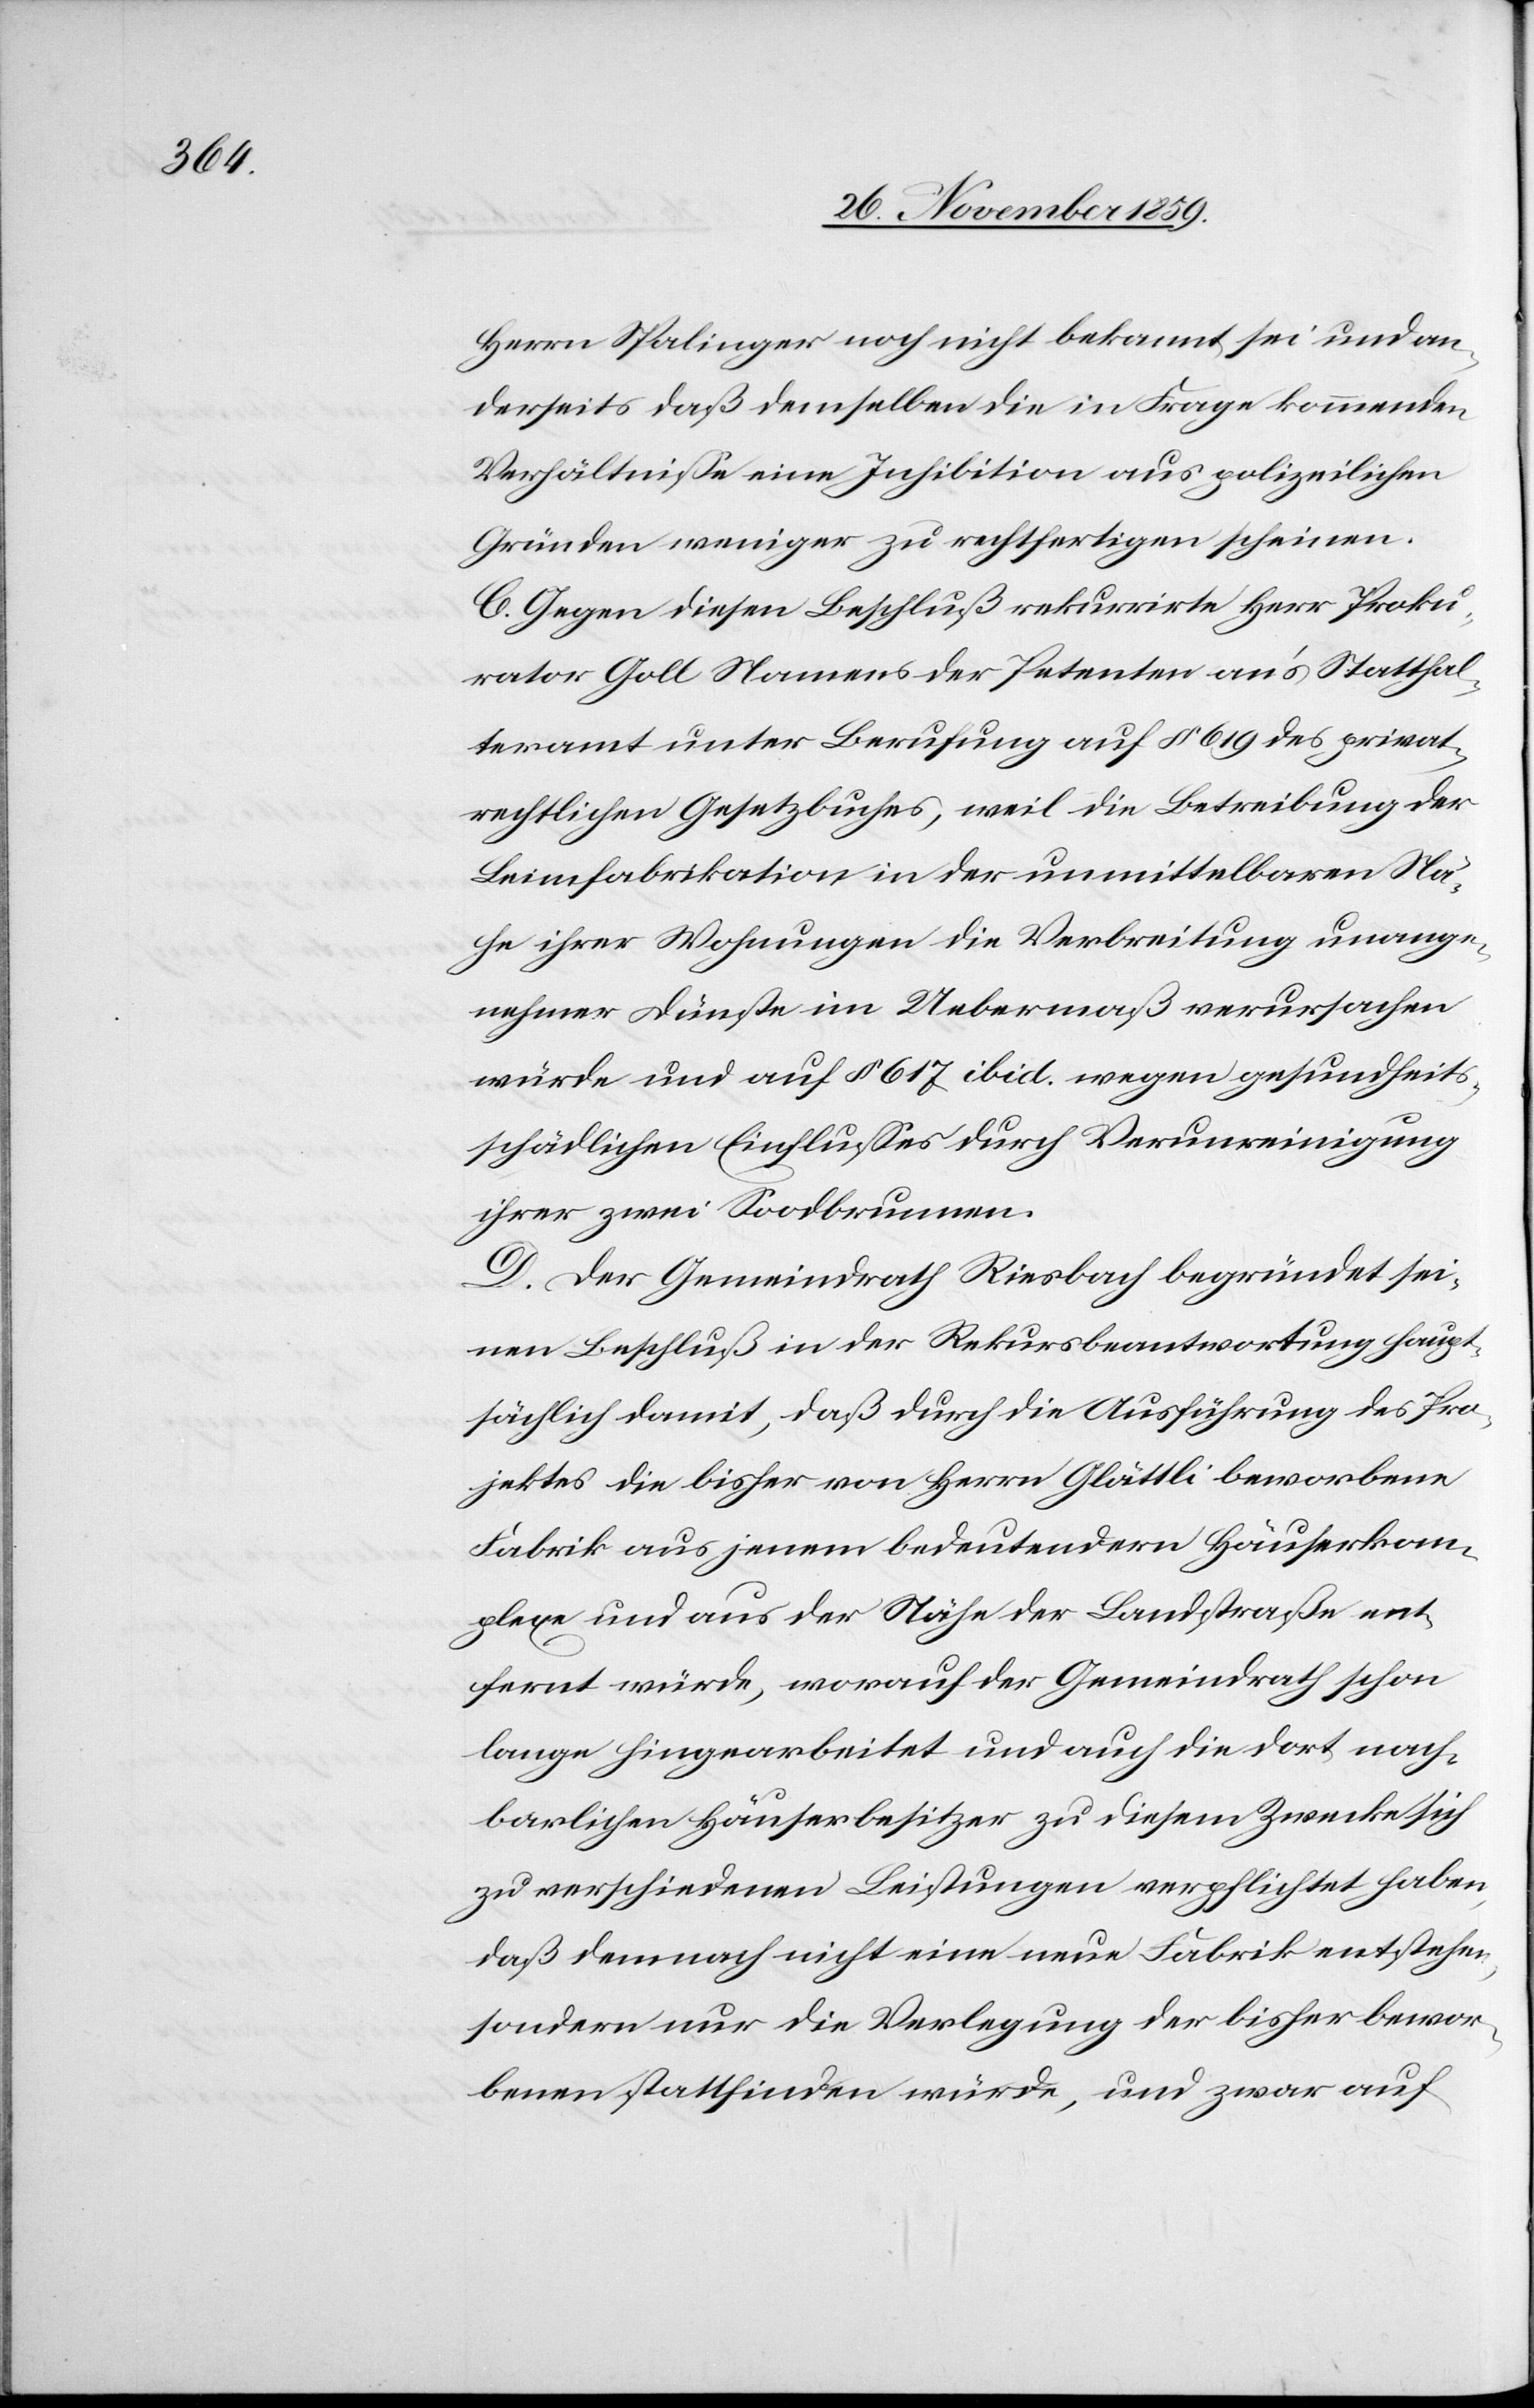
Herrn Spalinger noch nicht bekannt sei und an¬
derseits daß demselben die in Frage kommenden
Verhältnisse eine Inhibition aus polizeilichen
Gründen weniger zu rechtfertigen scheinen.
C. Gegen diesen Beschluß rekurrirte Herr Proku¬
rator Goll Namens der Petenten an’s Statthal¬
teramt unter Berufung auf § 619 des privat¬
rechtlichen Gesetzbuches, weil die Betreibung der
Leimfabrikation in der unmittelbaren Nä¬
he ihrer Wohnungen die Verbreitung unange¬
nehmer Dünste im Uebermaß verursachen
würde und auf § 617 ibid. wegen gesundheit¬
sschädlichen Einflusses durch Verunreinigung
ihrer zwei Soodbrunnen.
D. Der Gemeindrath Riesbach begründet sei¬
nen Beschluß in der Rekursbeantwortung haupt¬
sächlich damit, daß durch die Ausführung des Pro¬
jektes die bisher von Herrn Glättli beworbene
Fabrik aus jenem bedeutendern Häuserkom¬
plexe und aus der Nähe der Landstraße ent¬
fernt würde, worauf der Gemeindrath schon
lange hingearbeitet und auch die dort nach¬
barlichen Häuserbesitzer zu diesem Zwecke sich
zu verschiedenen Leistungen verpflichtet haben,
daß demnach nicht eine neue Fabrik entstehen,
sondern nur die Verlegung der bisher bewor¬
benen stattfinden würde, und zwar auf